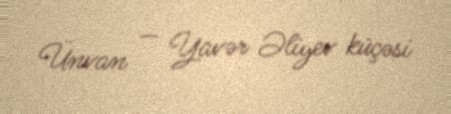
Ünvan — Yavər Əliyev küçəsi